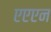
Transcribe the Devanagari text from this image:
एएएन